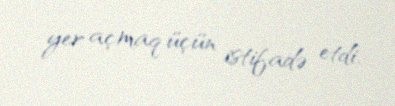
yer açmaq üçün istifadə etdi.